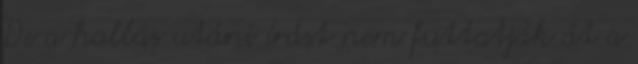
De a hallás utáni írást nem futtatják át a